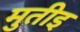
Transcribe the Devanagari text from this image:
मुतीइ